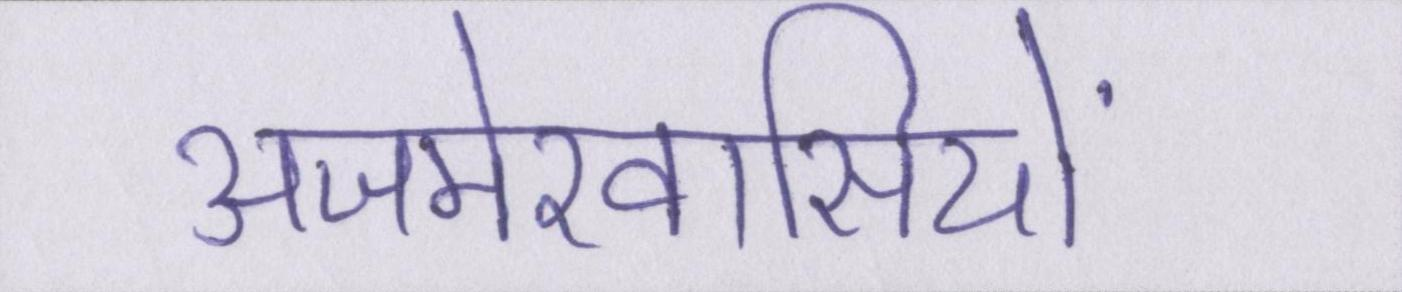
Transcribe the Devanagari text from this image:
अजमेरवासियों